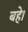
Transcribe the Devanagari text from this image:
बहे।